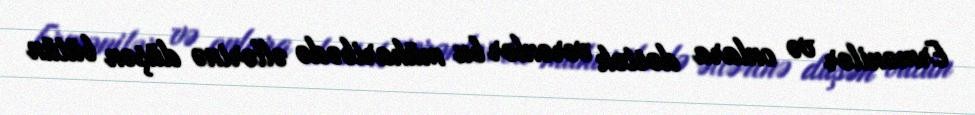
Ermənilər və onlara dəstək verənlər bu müharibədə əllərinə düşən bütün